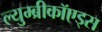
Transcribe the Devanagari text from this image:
ल्युम्ब्रीकॉएड्स